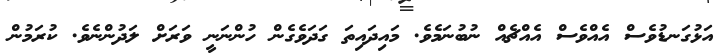
އަޅުގަނޑުވެސް އެއްވެސް އެއްޗެއް ނުބުނަމެވެ. މައިދައިތަ ގަދަވެގެން ހުންނަނީ ވަރަށް ލަދުންނެވެ. ކުރަމުން